Problem: 26 + 42 = ?
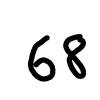
Handwritten answer: 68